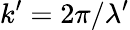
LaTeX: k^{\prime}=2\pi/\lambda^{\prime}